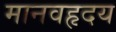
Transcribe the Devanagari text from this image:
मानवहृदय